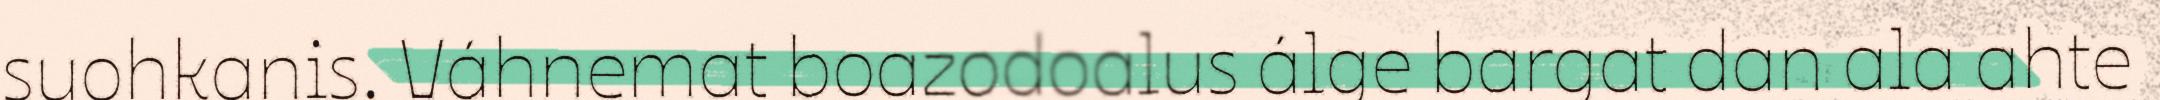
suohkanis. Váhnemat boazodoalus álge bargat dan ala ahte